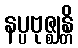
နပ္ပဗုဇ္ဈန္တိ